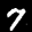
Label: 7